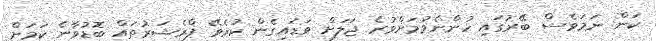
ކަން. ނަމަވެސް ބޭރުގައި ހުންނެވުމަށްވުރެ ޖަލަށް ވަޑައިގެން ކުރެވޭ ޕްރެޝަރުތައް ބޮޑުވާނެ ކަމަށް